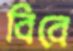
বিবে